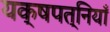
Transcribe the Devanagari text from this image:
यक्षपत्नियाँ